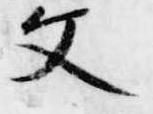
父